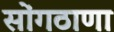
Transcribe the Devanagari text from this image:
सोंगठाणा